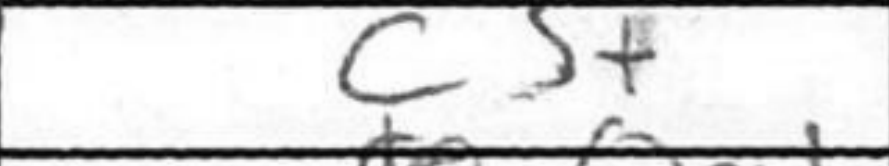
Transcription: c3+